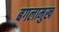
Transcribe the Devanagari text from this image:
बगलामुख